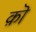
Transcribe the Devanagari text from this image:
क़ॊ